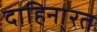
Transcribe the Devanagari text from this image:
दाहिना्रत